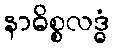
နာဓိစ္စလဒ္ဓံ